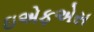
ઇએફએસ